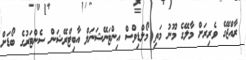
ރާއްޖޭގެ ވެރިރަށް މާލޭގެ މޫނު މަތި މޯލްޑިވްސް އިންޓަނޭޝަނަލް އާބިޓްރޭޝަން ސެންޓަރުގެ ބޯޑަށް